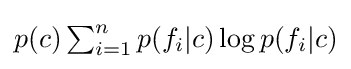
p(c)\textstyle \sum _{i=1}^{n}p(f_{i}|c)\log p(f_{i}|c)